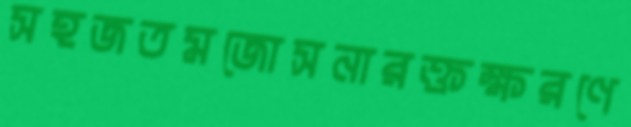
সহজতমজোসনারক্তক্ষরণে